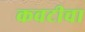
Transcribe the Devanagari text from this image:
कवटीचा